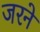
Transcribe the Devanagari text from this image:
जरने